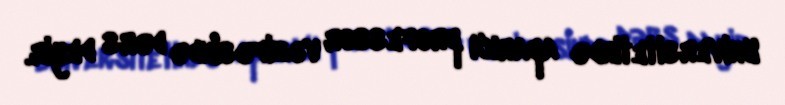
Universitetində aparıcı professor vəzifəsində dərs deyir.